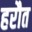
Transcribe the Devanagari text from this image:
हरौत